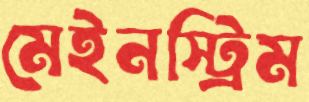
মেইনস্ট্রিম